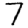
Digit: 7